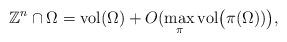
LaTeX: \begin{align*}\mathbb{Z}^n \cap \Omega= \mathrm{vol}(\Omega) + O(\max_{\pi} \mathrm{vol}\big(\pi(\Omega))\big),\end{align*}